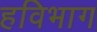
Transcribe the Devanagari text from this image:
हविभाग